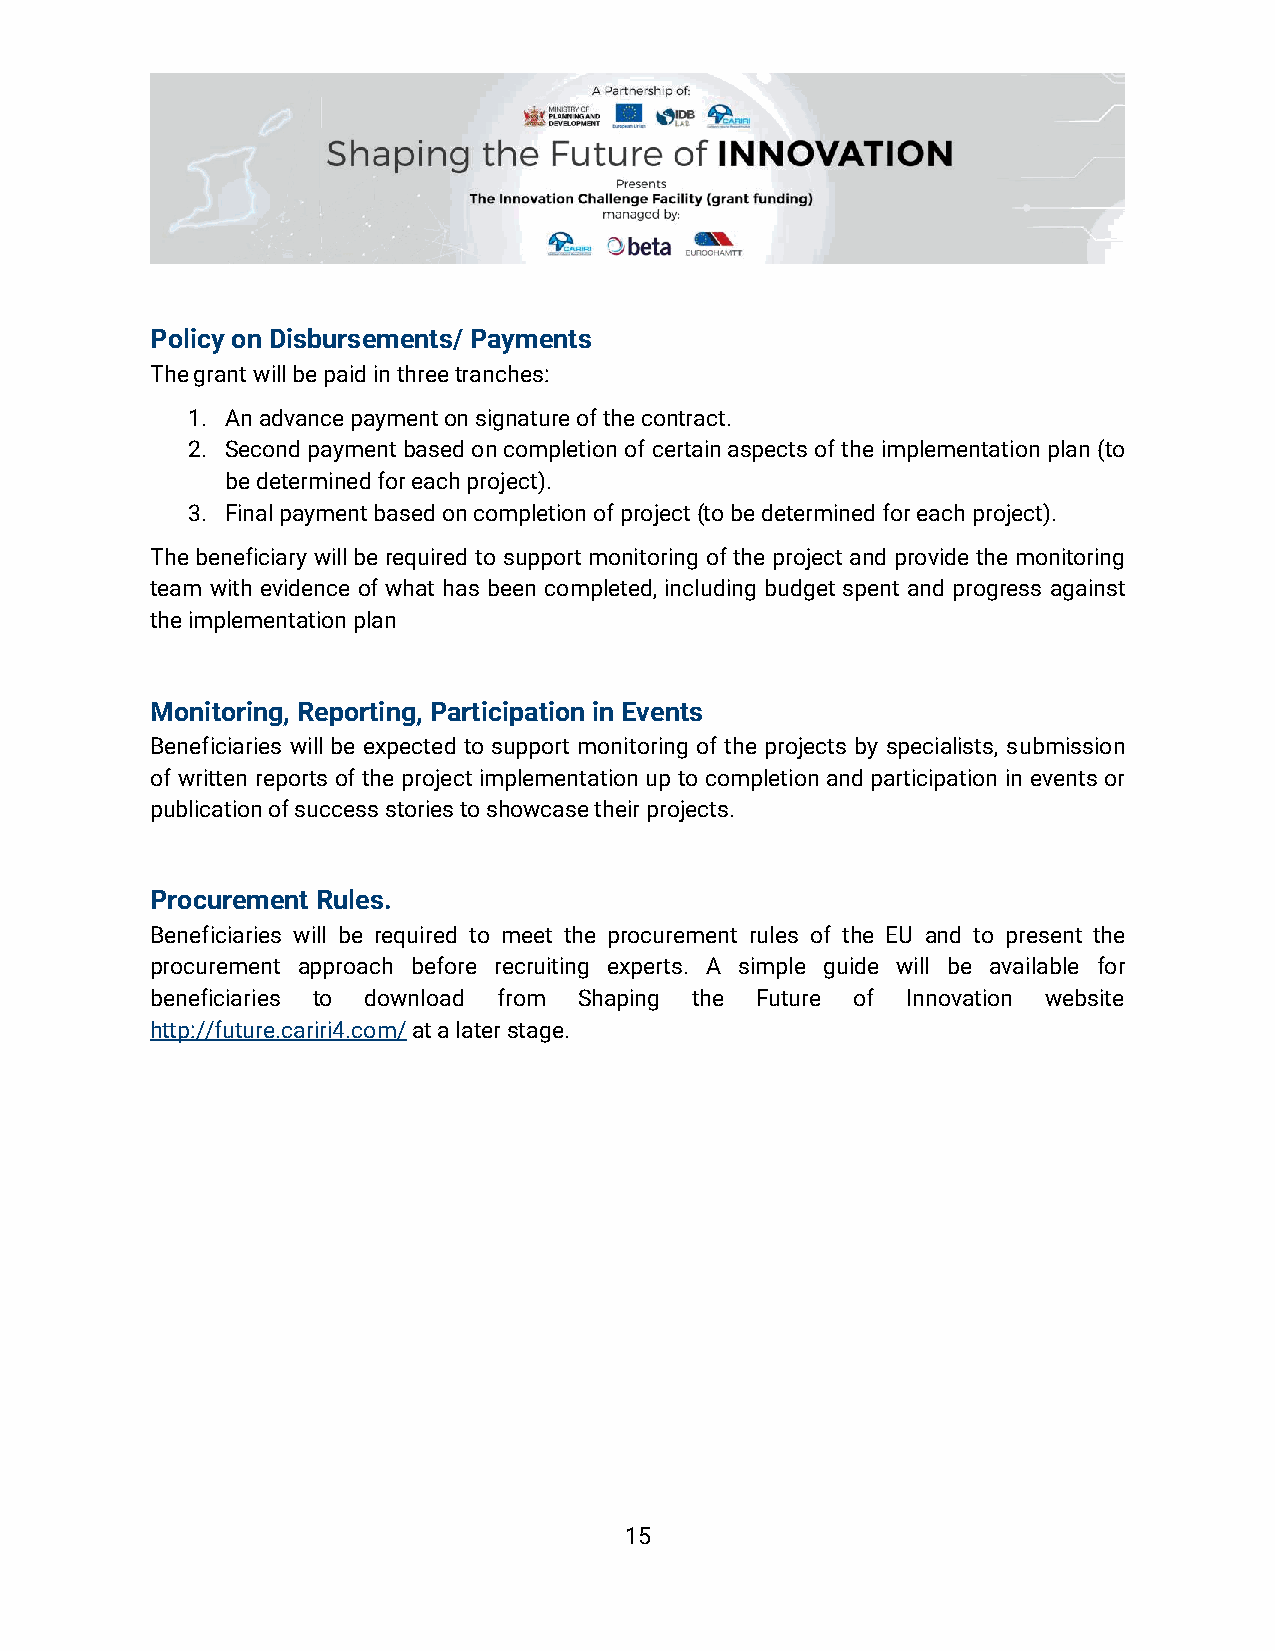
Policy on Disbursements/ Payments
 The grant will be paid in three tranches:
 1. An advance payment on signature of the contract.
 2. Second payment based on completion of certain aspects of the implementation plan (to
 be determined for each project).
 3. Final payment based on completion of project (to be determined for each project).
 The beneficiary will be required to support monitoring of the project and provide the monitoring
 team with evidence of what has been completed, including budget spent and progress against
 the implementation plan
 Monitoring, Reporting, Participation in Events
 Beneficiaries will be expected to support monitoring of the projects by specialists, submission
 of written reports of the project implementation up to completion and participation in events or
 publication of success stories to showcase their projects.
 Procurement Rules.
 Beneficiaries will be required to meet the procurement rules of the EU and to present the
 procurement approach before recruiting experts. A simple guide will be available for
 beneficiaries to download from Shaping the Future of Innovation website
 http://future.cariri4.com/ at a later stage.
 15